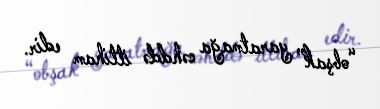
“obşak” yaratmağa cəhddə ittiham edir.